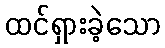
ထင်ရှားခဲ့သော